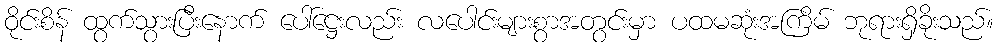
ဝိုင်းစိန် ထွက်သွားပြီးနောက် ပေါ်ဋ္ဌေးလည်း လပေါင်းများစွာအတွင်းမှာ ပထမဆုံးအကြိမ် ဘုရားရှိခိုးသည်။